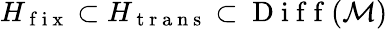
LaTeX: H_{\mathrm{~f~i~x~}}\subset H_{\mathrm{~t~r~a~n~s~}}\subset\mathrm{~D~i~f~f~}(\mathcal{M})